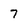
Character: 7